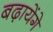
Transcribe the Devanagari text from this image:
बढ़ायेंगे